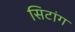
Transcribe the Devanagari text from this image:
सिटांग